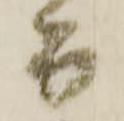
而